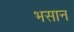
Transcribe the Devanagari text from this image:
भसान